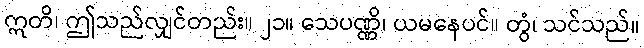
ဣတိ၊ ဤသည်လျှင်တည်း။ ၂၁။ သေပဏ္ဏိ၊ ယမနေပင်။ တွံ၊ သင်သည်။